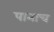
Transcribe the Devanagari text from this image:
पानाच